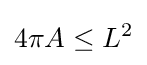
4\pi A\leq L^{2}